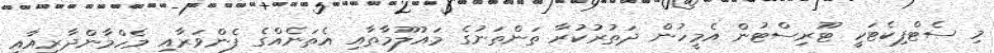
މި ސެޓްފިކެޓަކީ ޓޫރިސްޓުން އެމީހުން ދަތުރުކުރާ ތަންތަނުގެ މައުލޫމާތާއި އެތަނެއްގެ ފެންވަރާއި މެހްމާންދާރީއާއި